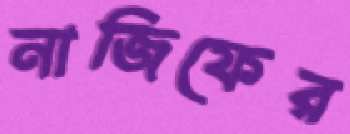
নাজিফের